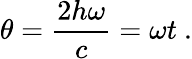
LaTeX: \theta={\frac{2h\omega}{c}}=\omega t\ .